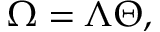
\Omega = \Lambda \Theta ,